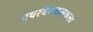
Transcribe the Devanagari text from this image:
एयरवेजकलकत्ता